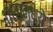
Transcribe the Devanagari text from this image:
१७६९मध्ये